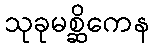
သုခုမစ္ဆိကေန